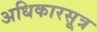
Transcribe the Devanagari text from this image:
अधिकारसूत्र